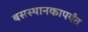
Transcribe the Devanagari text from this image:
बसस्थानकापर्यंत